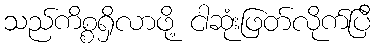
သည်ကိစ္စရှိလာဖို့ ငါဆုံးဖြတ်လိုက်ပြီ